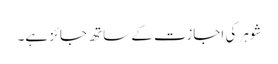
شوہر کی اجازت کے ساتھ جائز ہے۔